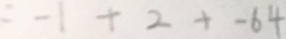
= - 1 + 2 + - 6 4